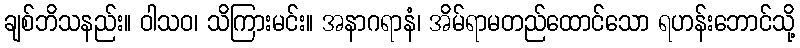
ချစ်ဘိသနည်း။ ဝါသဝ၊ သိကြားမင်း။ အနာဂရာနံ၊ အိမ်ရာမတည်ထောင်သော ရဟန်းဘောင်သို့